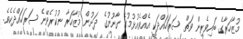
މުޒާހަރާގެ ބައިވެރިން ވަތް ސަރަހައްދަކީ އެއްވެއުޅުމުގެ ގާނޫނުގެ ދަށުން މުޒާހަރާ ނުކުރެވޭނެ ސަރަހައްދެކެވެ.